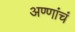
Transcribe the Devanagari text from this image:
अण्णांचं